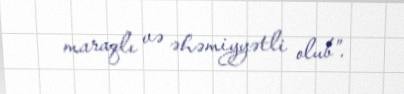
maraqlı və əhəmiyyətli olub”.